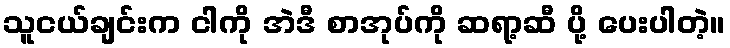
သူငယ်ချင်းက ငါကို အဲဒီ စာအုပ်ကို ဆရာ့ဆီ ပို့ ပေးပါတဲ့။